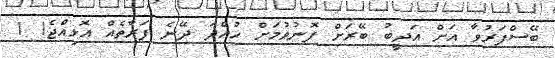
ބޭސްފަރުވާ އަށް އަދީބު ބޭރަށް ފޮނުވުމަށް ހުއްދަ ދޭނެ ފަރާތެއް އޮޅިއްޖެ! 1